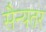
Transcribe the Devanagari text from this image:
सैन्यतर